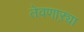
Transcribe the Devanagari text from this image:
तेवणाऱ्या